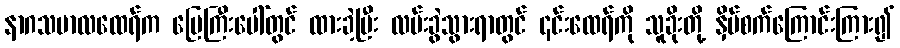
နာဂသမာလထေရ်က မြေကြီးပေါ်တွင် ထားခဲ့ပြီး လမ်းခွဲသွားရာတွင် ၎င်းထေရ်ကို သူခိုးတို့ နှိပ်စက်ကြောင်းကြား၍